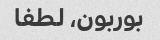
بوربون، لطفا